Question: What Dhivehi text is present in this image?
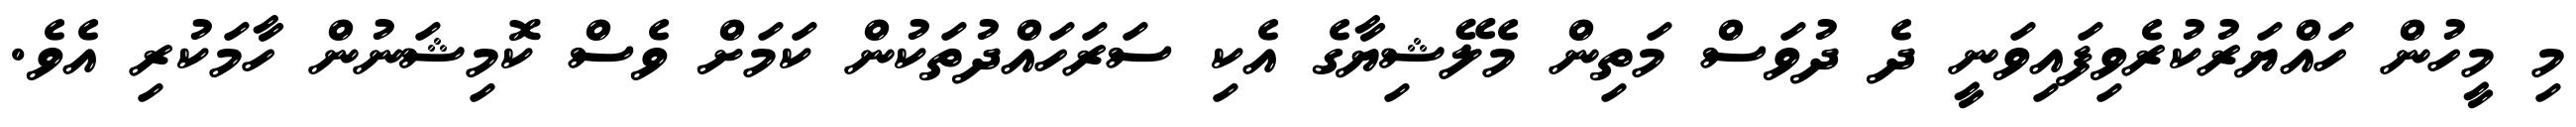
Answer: މި މީހުން ހައްޔަރުކުރެވިފައިވަނީ ދެ ދުވަސް މަތިން މެލޭޝިޔާގެ އެކި ސަރަހައްދުތަކުން ކަމަށް ވެސް ކޮމިޝަނުން ހާމަކުރި އެވެ.